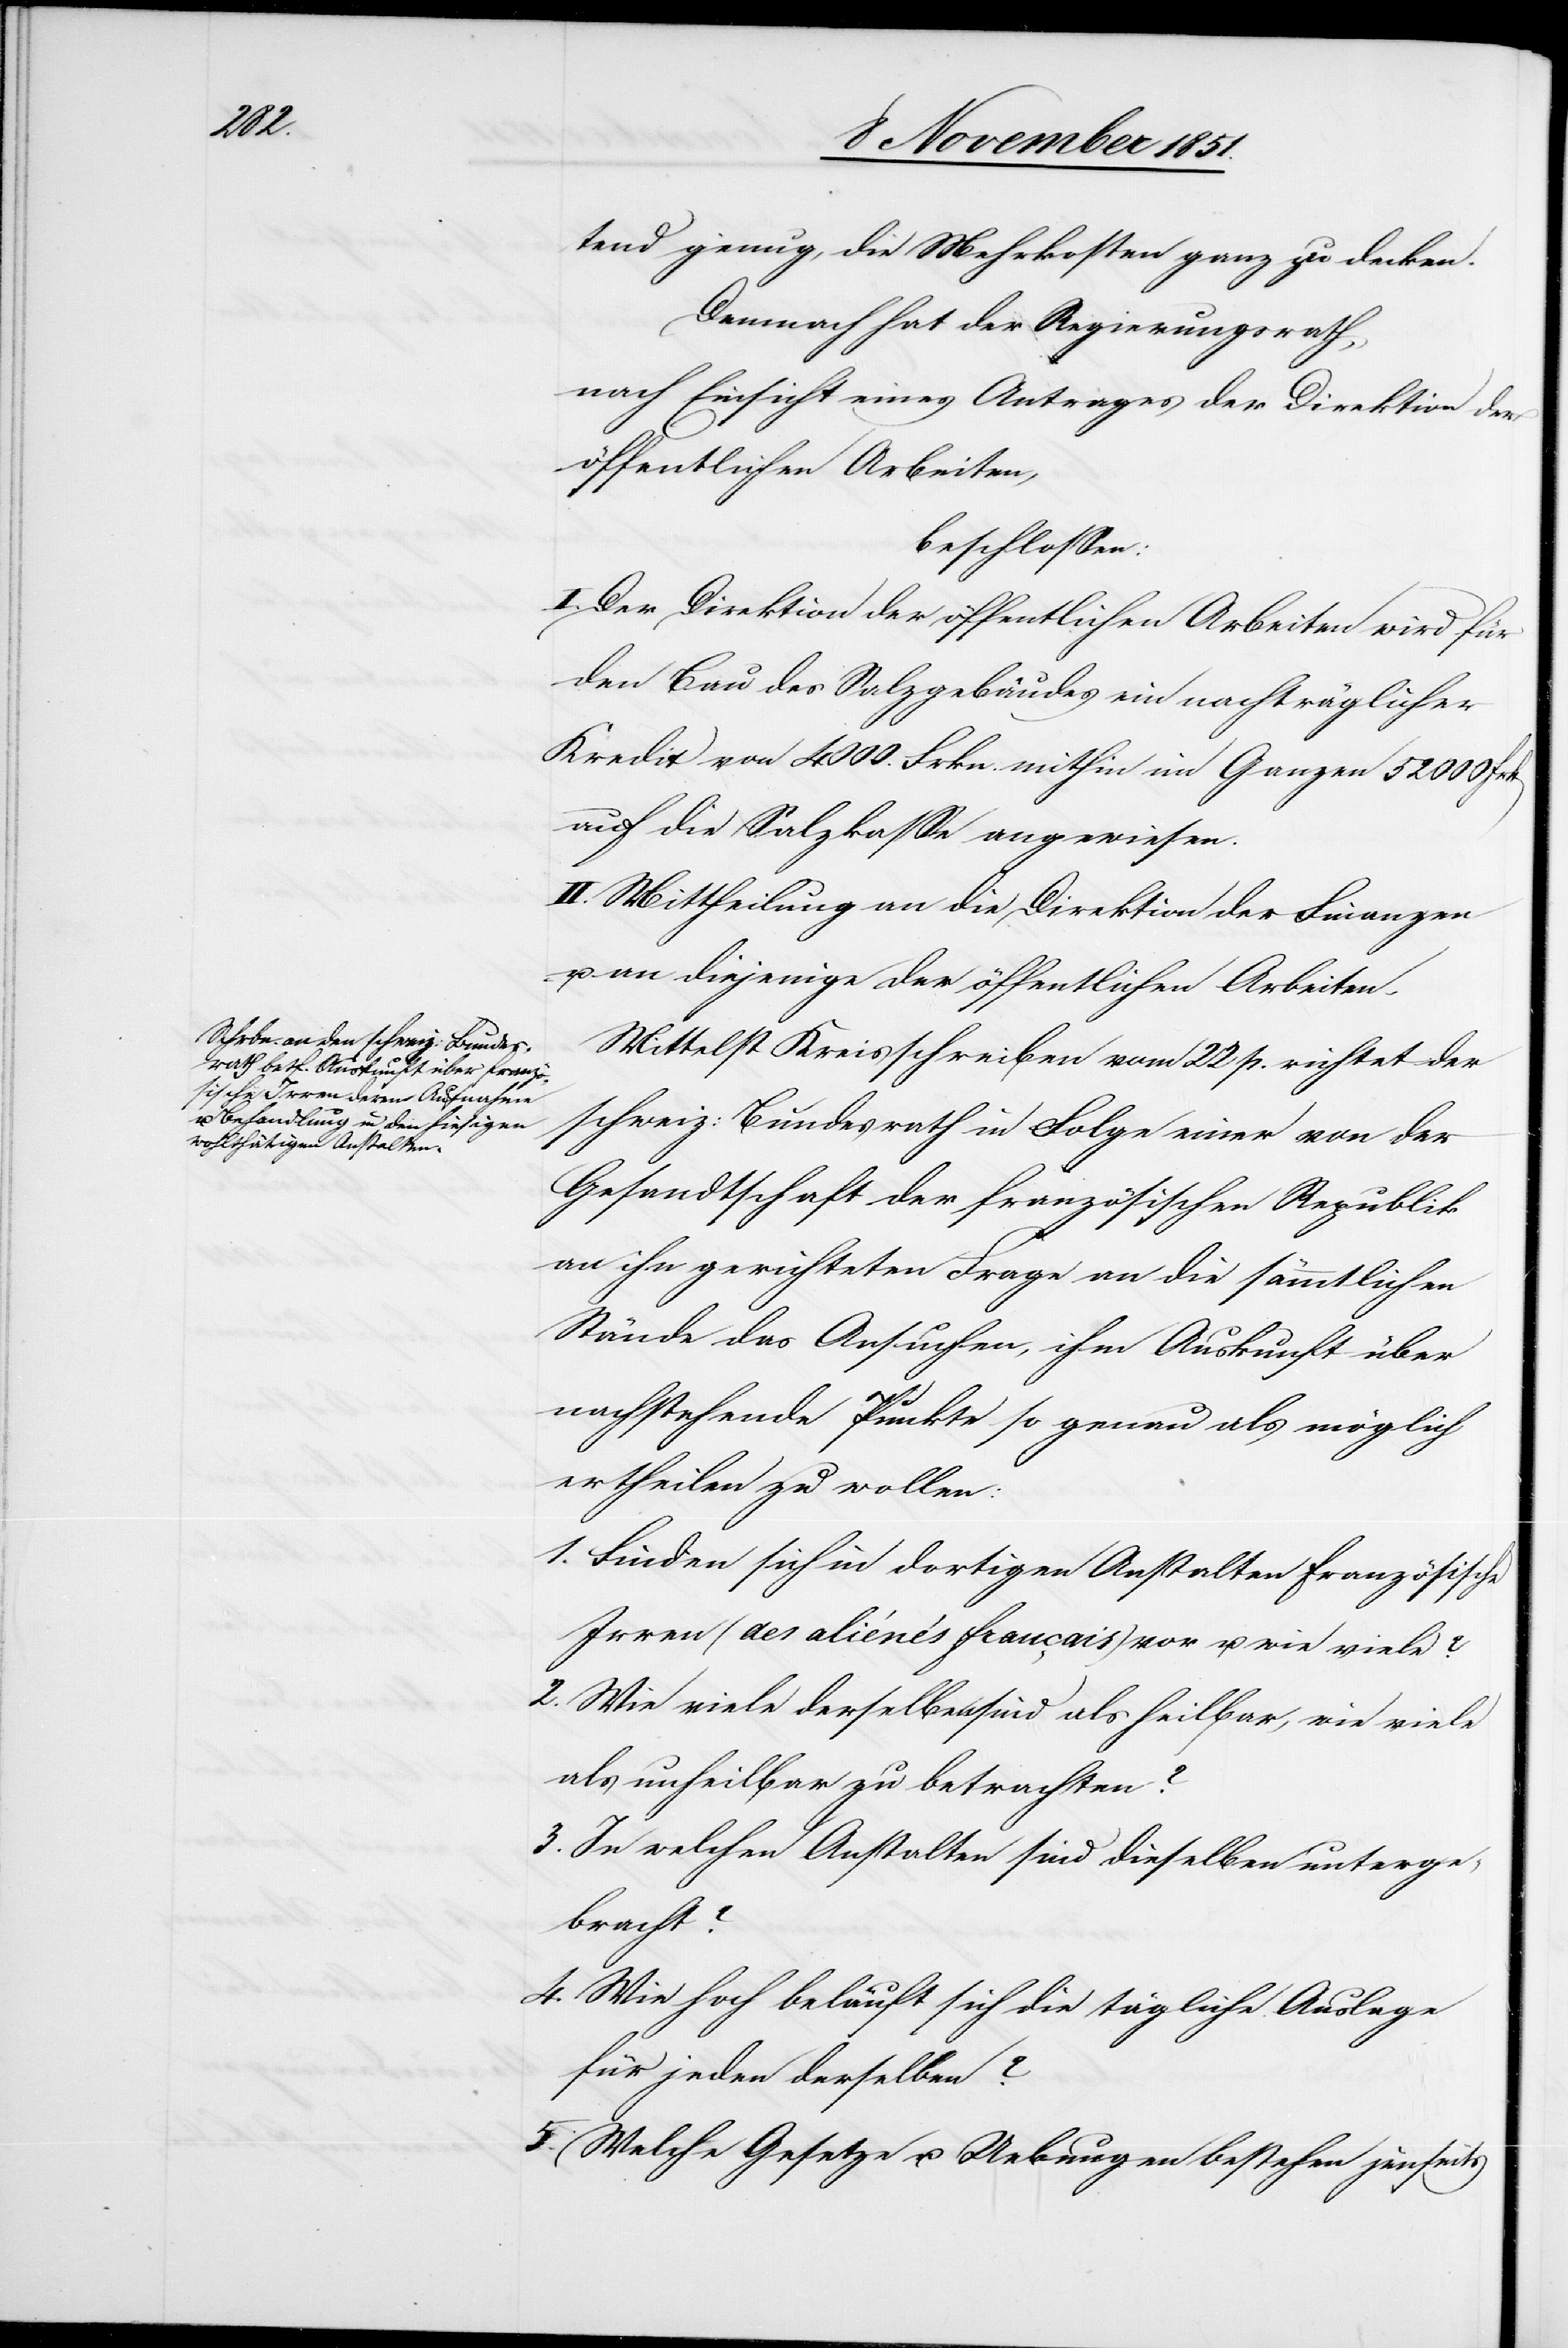
tend genug, die Mehrkosten ganz zu decken.
Demnach hat der Regierungsrath,
nach Einsicht eines Antrages der Direktion der
öffentlichen Arbeiten,
beschlossen:
I. Der Direktion der öffentlichen Arbeiten wird für
den Bau des Salzgebäudes ein nachträglicher
Kredit von 4000. Frkn. mithin im Ganzen 52 000
auf die Salzkasse angewiesen.
II. Mittheilung an die Direktion der Finanzen
u. an diejenige der öffentlichen Arbeiten.
Mittelst Kreisschreiben vom 22 p. richtet der
schweiz: Bundesrath in Folge einer von der
Gesandtschaft der französischen Republik
an ihn gerichteten Frage an die sämmtlichen
Stände das Ansuchen, ihm Auskunft über
nachstehende Punkte so genau als möglich
ertheilen zu wollen:
Finden sich in dortigen Anstalten französische
Irren (des aliénés français) vor u. wie viele?
Wie viele derselben sind als heilbar, wie viele
als unheilbar zu betrachten?
In welchen Anstalten sind dieselben unterge¬
bracht?
Wie hoch beläuft sich die tägliche Auslage
für jeden derselben?
Welche Gesetze u. Uebungen bestehen jenseits